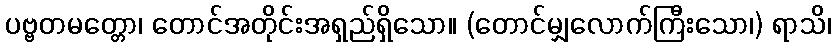
ပဗ္ဗတမတ္တော၊ တောင်အတိုင်းအရှည်ရှိသော။ (တောင်မျှလောက်ကြီးသော၊) ရာသိ၊